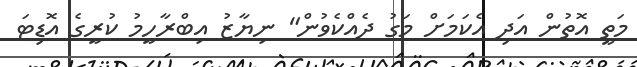
މަތީ އޮތުން އަދި އެކަމަށް މަގު ދެއްކެވުން" ނިޔާޒު އިބްރާހީމު ކުރީގެ އޮޑިޓަ